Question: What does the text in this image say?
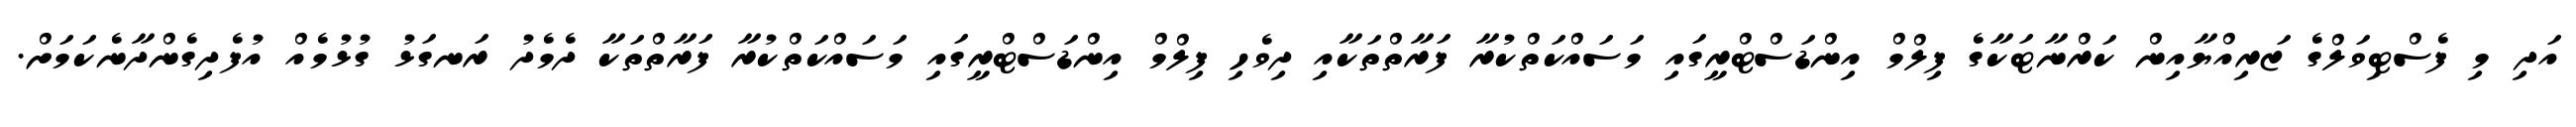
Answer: އަދި މި ފެސްޓިވަލްގެ ޒަރިއްޔާއިން ކަރްނާޓަކާގެ ފިލްމް އިންޑަސްޓްރީގައި މަސައްކަތްކުރާ ފަރާތްތަކާއި ދިވެހި ފިލްމް އިންޑަސްޓްރީގައި މަސައްކަތްކުރާ ފަރާތްތަކާ ދެމެދު ރަނގަޅު ގުޅުމެއް އުފެދިގެންދާނެކަމަށް.